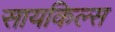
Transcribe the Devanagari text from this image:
सायकिल्स